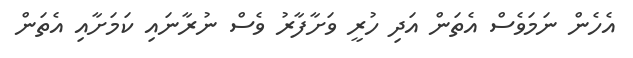
އެހެން ނަމަވެސް އެތަން އަދި ހުރީ ވަށާފާރު ވެސް ނުރާނައި ކަމަށާއި އެތަން